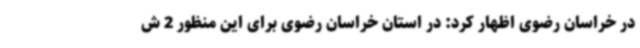
در خراسان رضوی اظهار کرد: در استان خراسان رضوی برای این منظور 2 ش